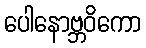
ပေါနောဗ္ဘဝိကော